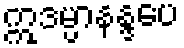
ဣဒမ္ပာနန္ဒပေ